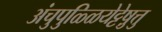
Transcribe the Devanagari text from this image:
अंचुपुळ्ळियेट्टेषु़त्तु